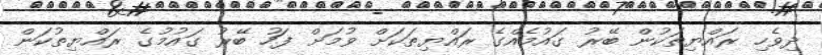
ދިވެހި ރައްޔިތަކުން ބޭރު ގައުމެއްގެ ރައްޔިތަކަށް ވުމަށް ފަހު ބޭރު ގައުމުގެ ރައްޔިތުކަން